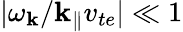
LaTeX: |\omega_{\mathbf{k}}/\mathbf{k}_{\parallel}v_{te}|\ll1